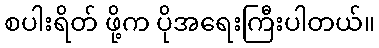
စပါးရိတ် ဖို့က ပိုအရေးကြီးပါတယ်။